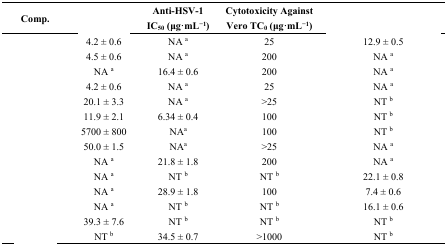
<table><thead><tr><td><b>Comp.</b></td><td>[EMPTY_CELL]</td><td><b>Anti-HSV-1 IC<sub>50</sub> (μg·mL<sup>−1</sup>)</b></td><td><b>Cytotoxicity Against Vero TC<sub>0</sub> (μg·mL<sup>−1</sup>)</b></td><td>[EMPTY_CELL]</td></tr></thead><tbody><tr><td>[EMPTY_CELL]</td><td>4.2 ± 0.6</td><td>NA <sup>a</sup></td><td>25</td><td>12.9 ± 0.5</td></tr><tr><td>[EMPTY_CELL]</td><td>4.5 ± 0.6</td><td>NA <sup>a</sup></td><td>200</td><td>NA <sup>a</sup></td></tr><tr><td>[EMPTY_CELL]</td><td>NA <sup>a</sup></td><td>16.4 ± 0.6</td><td>200</td><td>NA <sup>a</sup></td></tr><tr><td>[EMPTY_CELL]</td><td>4.2 ± 0.6</td><td>NA <sup>a</sup></td><td>25</td><td>NA <sup>a</sup></td></tr><tr><td>[EMPTY_CELL]</td><td>20.1 ± 3.3</td><td>NA <sup>a</sup></td><td>&gt;25</td><td>NT <sup>b</sup></td></tr><tr><td>[EMPTY_CELL]</td><td>11.9 ± 2.1</td><td>6.34 ± 0.4</td><td>100</td><td>NT <sup>b</sup></td></tr><tr><td>[EMPTY_CELL]</td><td>5700 ± 800</td><td>NA<sup>a</sup></td><td>100</td><td>NT <sup>b</sup></td></tr><tr><td>[EMPTY_CELL]</td><td>50.0 ± 1.5</td><td>NA<sup>a</sup></td><td>&gt;25</td><td>NA <sup>a</sup></td></tr><tr><td>[EMPTY_CELL]</td><td>NA <sup>a</sup></td><td>21.8 ± 1.8</td><td>200</td><td>NA <sup>a</sup></td></tr><tr><td>[EMPTY_CELL]</td><td>NA <sup>a</sup></td><td>NT <sup>b</sup></td><td>NT <sup>b</sup></td><td>22.1 ± 0.8</td></tr><tr><td>[EMPTY_CELL]</td><td>NA <sup>a</sup></td><td>28.9 ± 1.8</td><td>100</td><td>7.4 ± 0.6</td></tr><tr><td>[EMPTY_CELL]</td><td>NA <sup>a</sup></td><td>NT <sup>b</sup></td><td>NT <sup>b</sup></td><td>16.1 ± 0.6</td></tr><tr><td>[EMPTY_CELL]</td><td>39.3 ± 7.6</td><td>NT <sup>b</sup></td><td>NT <sup>b</sup></td><td>NT <sup>b</sup></td></tr><tr><td>[EMPTY_CELL]</td><td>NT <sup>b</sup></td><td>34.5 ± 0.7</td><td>&gt;1000</td><td>NT <sup>b</sup></td></tr></tbody></table>